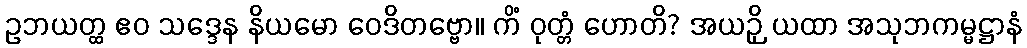
ဥဘယတ္ထ ဧဝ သဒ္ဒေန နိယမော ဝေဒိတဗ္ဗော။ ကိံ ဝုတ္တံ ဟောတိ? အယဉှိ ယထာ အသုဘကမ္မဋ္ဌာနံ